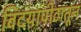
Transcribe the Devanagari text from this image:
विदयापीठातून